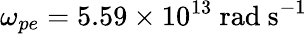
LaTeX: \omega_{pe}=5.59\times 10^{13}\ \mathrm{rad\ s}^{-1}